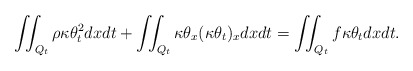
\begin{align*} &\iint_{Q_t} \rho\kappa\theta_t^2 dxdt+\iint_{Q_t} \kappa\theta_x (\kappa\theta_t)_x dxdt =\iint_{Q_t}f\kappa\theta_tdxdt.\end{align*}